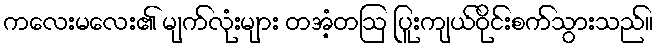
ကလေးမလေး၏ မျက်လုံးများ တအံ့တဩ ပြူးကျယ်ဝိုင်းစက်သွားသည်။